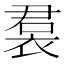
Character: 裠